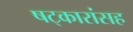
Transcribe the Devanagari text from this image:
षट्कारांसह